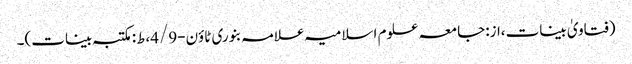
(فتاویٰ بینات،از:جامعہ علوم اسلامیہ علامہ بنوری ٹاؤن-4/9،ط:مکتبہ بینات)۔